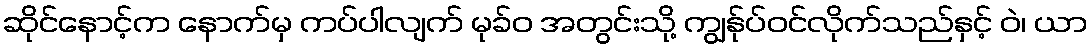
ဆိုင်နောင့်က နောက်မှ ကပ်ပါလျက် မုခ်ဝ အတွင်းသို့ ကျွန်ုပ်ဝင်လိုက်သည်နှင့် ဝဲ၊ ယာ